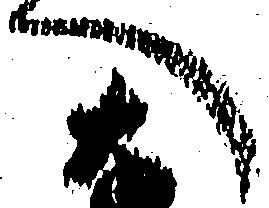
へ